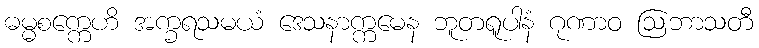
ဓမ္မစက္ကေဟိ အက္ခရသမယံ ဒေသနာက္ကမေန ဘူတရူပါနံ ဂုဏာဝ ဩဘာသတီ